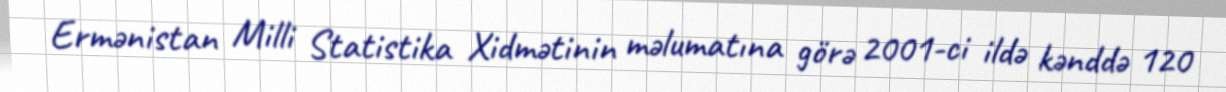
Ermənistan Milli Statistika Xidmətinin məlumatına görə 2001-ci ildə kənddə 120